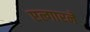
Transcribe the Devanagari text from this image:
एल्गारने